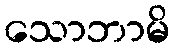
သောဘာမိ